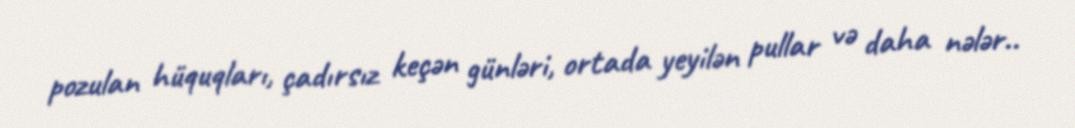
pozulan hüquqları, çadırsız keçən günləri, ortada yeyilən pullar və daha nələr..